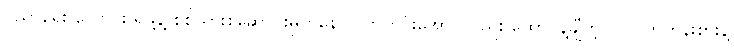
ပညာရေး ကောင်း ရဖို့နဲ့ စစ်သားစုဆောင်းမှုကနေ လွတ်ကင်းအောင်လည်း ထောင်နဲ့ချီတဲ့ လူလတ်တန်းစားနဲ့